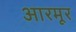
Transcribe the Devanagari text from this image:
आरमूर